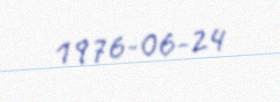
1976-06-24